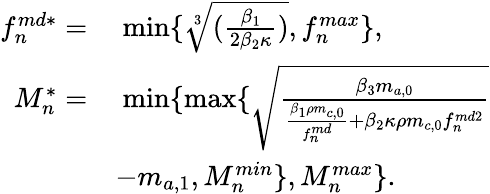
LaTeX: \begin{array}{rl}{f_{n}^{md*}=}&{\ \textrm{min}\{ \sqrt[3]{(\frac{\beta_{1}}{2\beta_{2}\kappa})},f_{n}^{max}\} ,}\\ {M_{n}^{*}=}&{\ \textrm{min}\{ \textrm{max}\{ \sqrt{\frac{\beta_{3}m_{a,0}}{\frac{\beta_{1}\rho m_{c,0}}{f_{n}^{md}}+\beta_{2}\kappa\rho m_{c,0}f_{n}^{md2}}}}\\ &{-m_{a,1},M_{n}^{min}\} ,M_{n}^{max}\} .}\end{array}